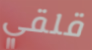
قلقي